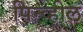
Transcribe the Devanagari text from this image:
पिन्व्हील